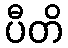
ပီတိ